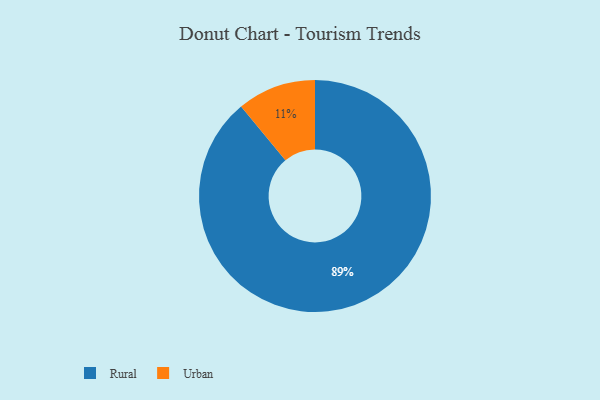
{"axis": {"x": "Category", "y": "Percentage"}, "legend": ["Rural", "Urban"], "data": [{"x": "Rural", "y": 89, "type": "Rural"}, {"x": "Urban", "y": 11, "type": "Urban"}]}